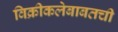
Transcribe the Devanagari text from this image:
विक्रीकलेबाबतची